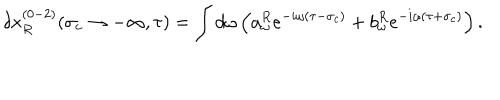
LaTeX: \delta x _ { R } ^ { ( 0 - 2 ) } ( \sigma _ { c } \rightarrow - \infty , \tau ) = \int d \omega \left( a _ { \omega } ^ { R } e ^ { - i \omega ( \tau - \sigma _ { c } ) } + b _ { \omega } ^ { R } e ^ { - i \omega ( \tau + \sigma _ { c } ) } \right) .